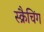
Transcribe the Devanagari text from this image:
स्क्रैचिंग